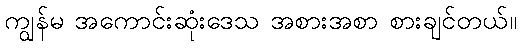
ကျွန်မ အကောင်းဆုံးဒေသ အစားအစာ စားချင်တယ်။